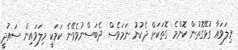
މިލަވައާ ގުޅޭގޮތުން ކޮންމެ ގޮތަކަށް ދެކުނު ނަމަވެސް ދެބަސްނުވެވޭނެ ކަމަކީ މިލަވައިން ސައުދީ